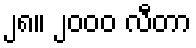
၂၈။ ၂၀၀၀ လီတာ